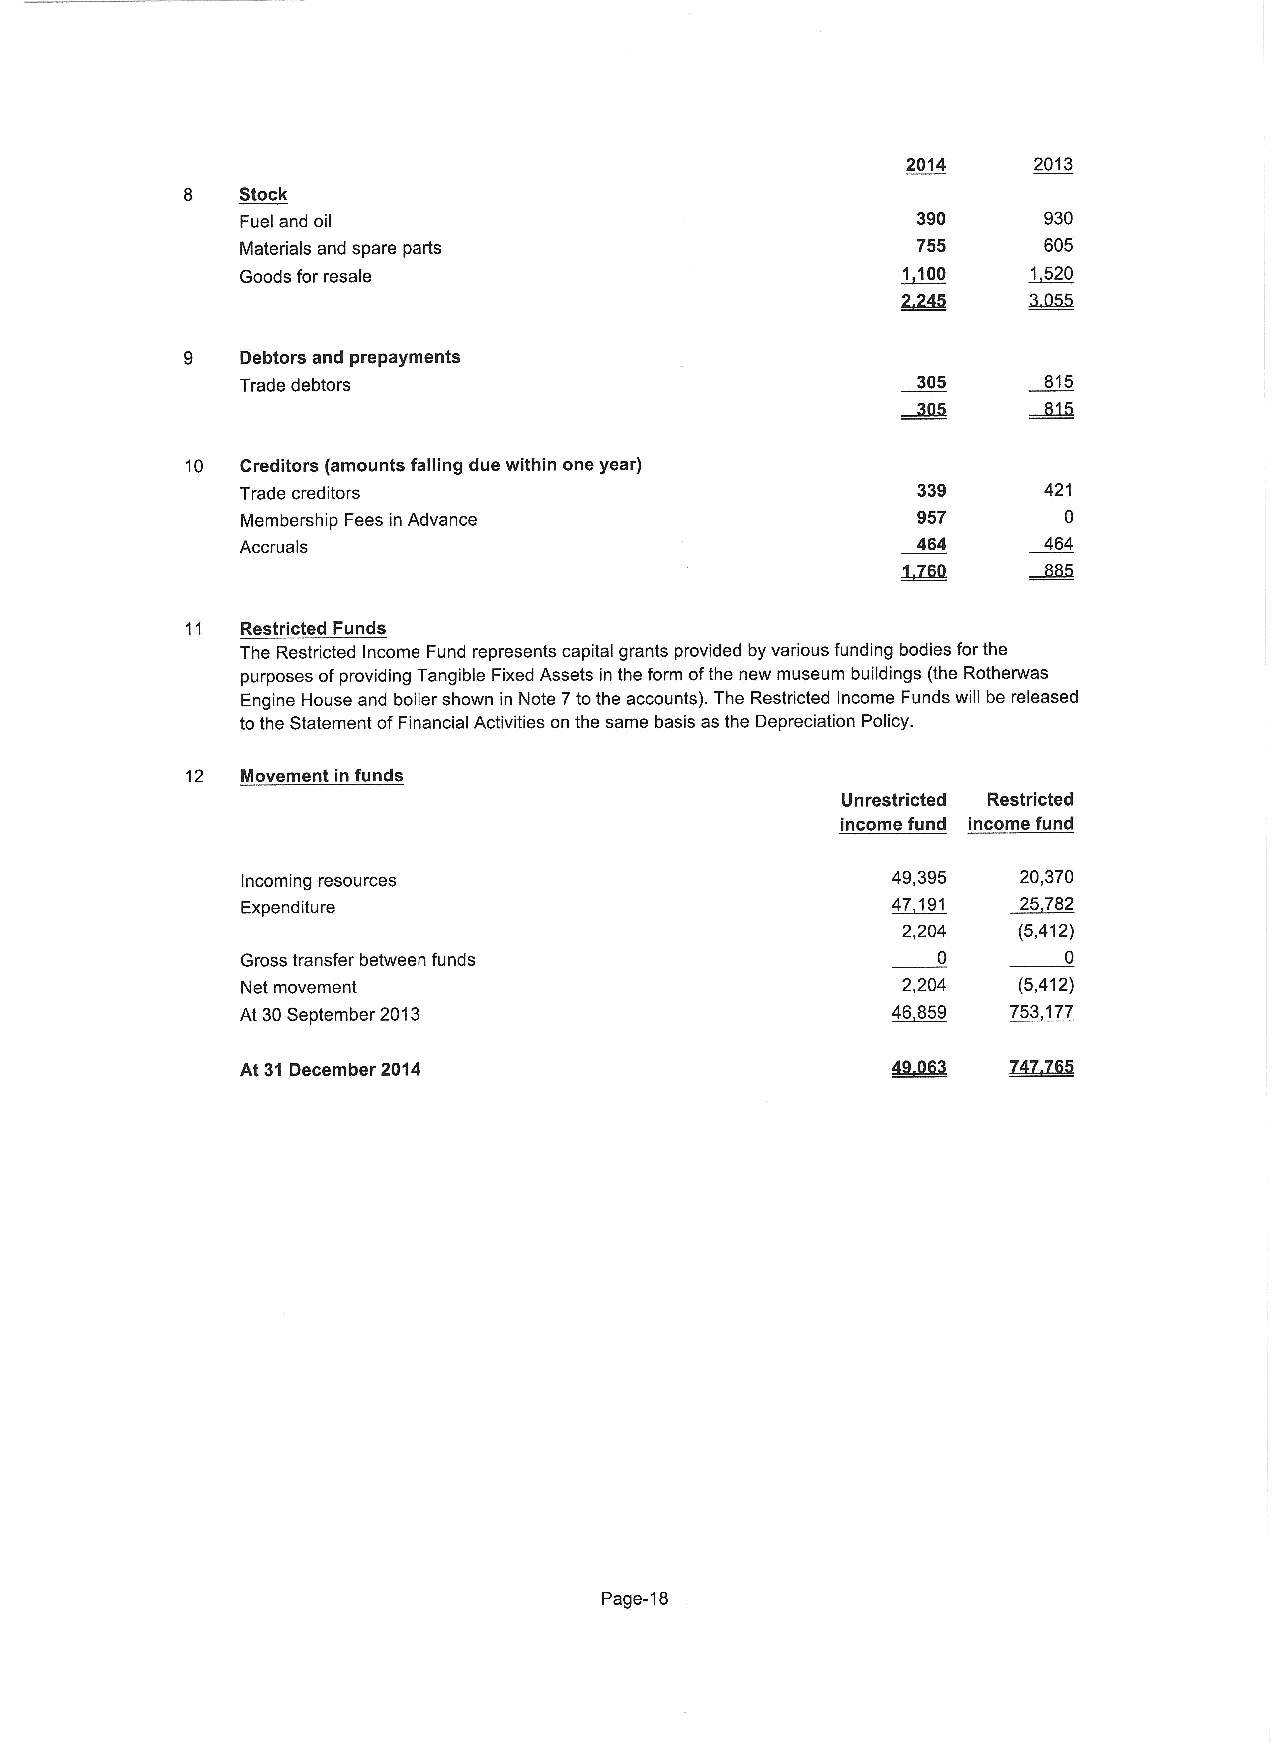
2014    2013
 8   Stock
 Fuel and oil                                 390     930
 Materials and spare parts                    755     605
 Goods for resale                            ~1100   ~1520
 9   Debtors and prepayments
 Trade debtors                                305     815
 10  Creditors (amounts falling due within one year)
 Trade creditors                              339     421
 Membership Fees in Advance                   957       0
 Accruals                                     464     464
 11  Restricted Funds
 The Restricted Income Fund represents capital grants provided by various funding bodies forthe
 purposes ofproviding Tangible Fixed Assets in the form ofthe new museum buildings (the Rotherwas
 Engine House and boiler shown in Note 7tothe accounts). The Restricted Income Funds will be released
 tothe Statement ofFinancial Activities on the same basis as the Depreciation Policy.
 12  Movement in funds
 Unrestricted Restricted
 income fund income fund
 Incoming resources                         49,395   20,370
 Expenditure                                47 191   25 752
 2,204  (5,412)
 Gross transfer between funds                  0        0
 Net movement                                2,204  (5,412)
 At 30September 2013                        46859   753 177
 At 31 December 2014
 Page-18